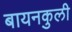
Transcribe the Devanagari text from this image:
बायनकुली